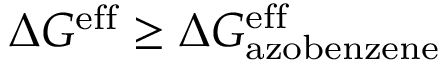
\Delta G ^ { \mathrm { e f f } } \geq \Delta G _ { \mathrm { a z o b e n z e n e } } ^ { \mathrm { e f f } }